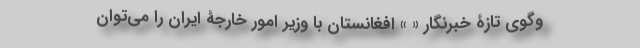
و‌گوی تازۀ خبرنگار « » افغانستان با وزیر امور خارجۀ ایران را می‌توان